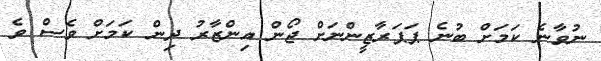
ނުވާނެ ކަމަށް ބުނެ ޕަޕަރާޒީންނަށް ޖޯން އިންޒާރު ދިން ކަމަށް ވެސް ވެ